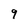
Character: 9